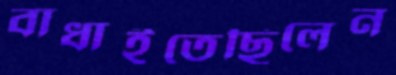
বাধাইতেছিলেন